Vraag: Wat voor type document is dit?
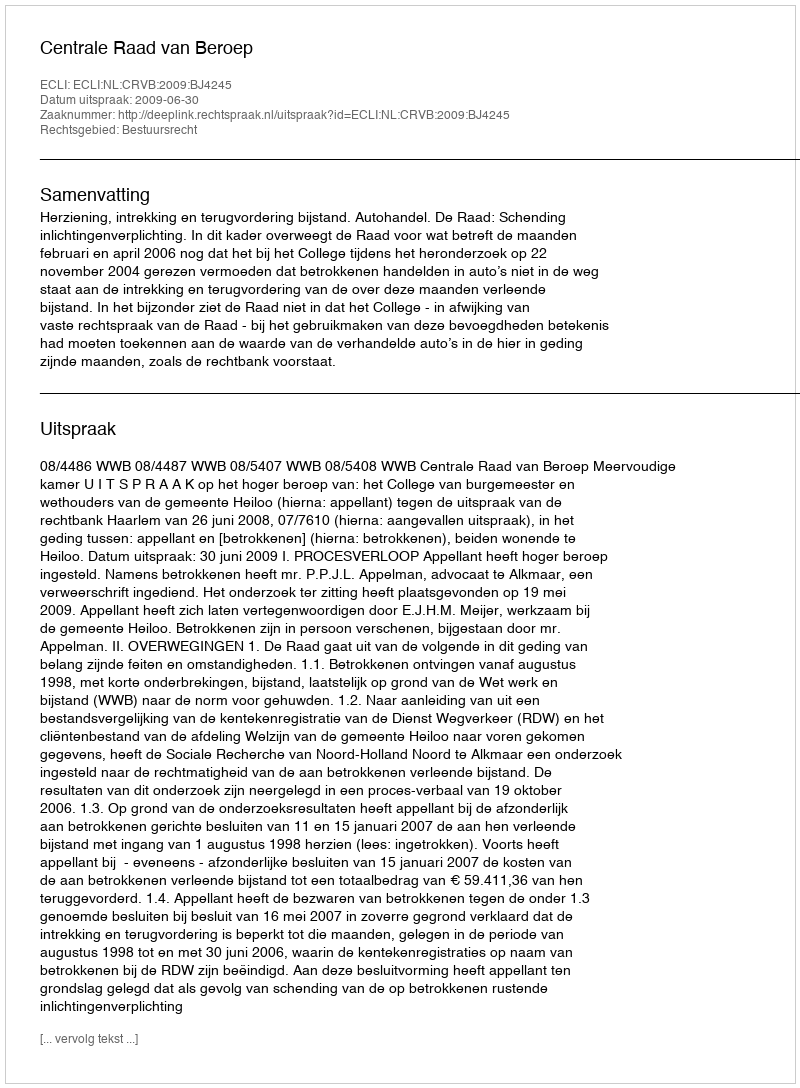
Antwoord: Uitspraak